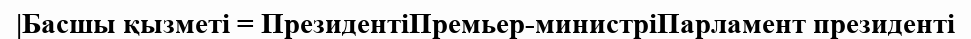
|Басшы қызметі = ПрезидентіПремьер-министріПарламент президенті